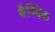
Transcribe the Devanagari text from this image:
शैश्विक